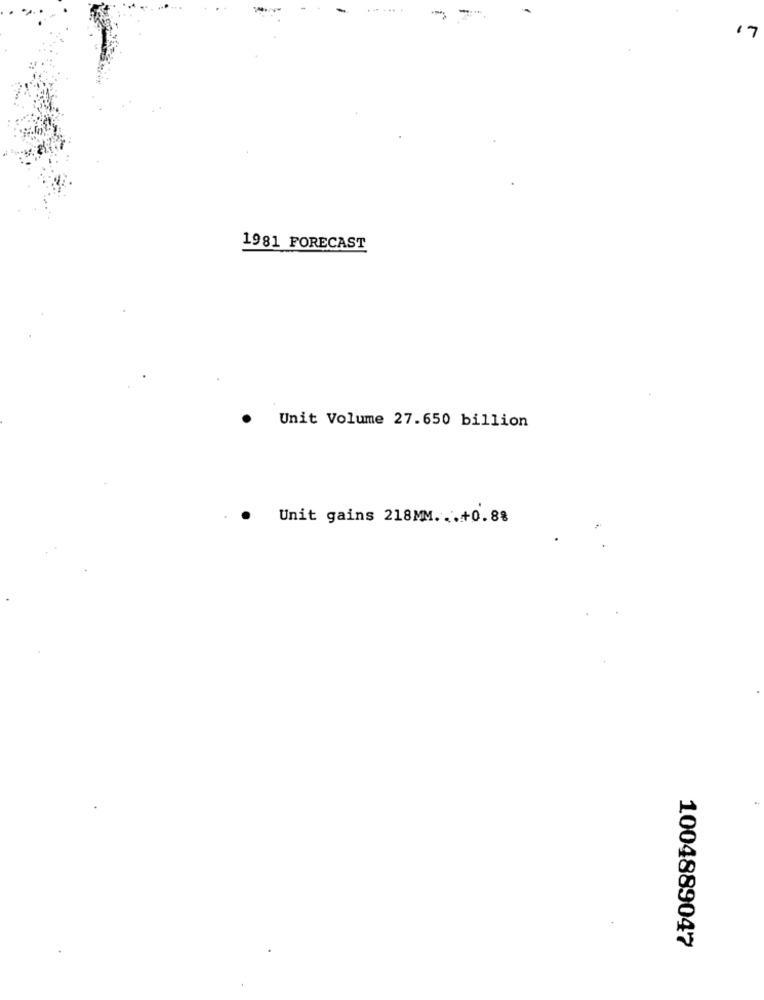
-
17
1981 FORECAST
Unit Volume 27.650 billion
.
Unit gains 218MM ... +0.88
1004889047